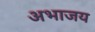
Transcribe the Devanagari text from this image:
अभाजय